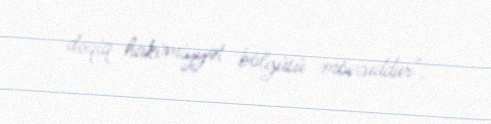
dəqiq hakimiyyət bölgüsü mövcuddur".